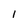
Character: 1